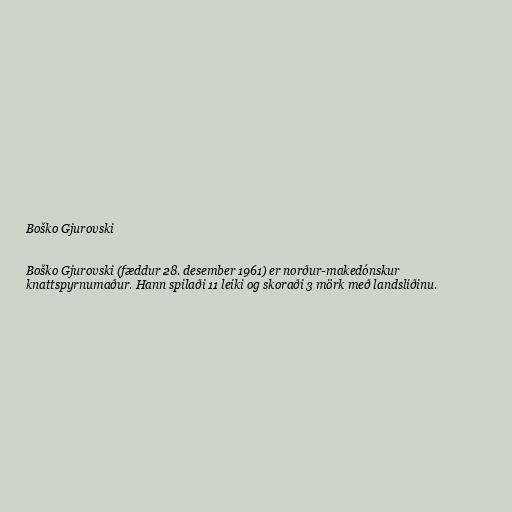
Boško Gjurovski

Boško Gjurovski (fæddur 28. desember 1961) er norður-makedónskur
knattspyrnumaður. Hann spilaði 11 leiki og skoraði 3 mörk með landsliðinu.